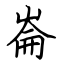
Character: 崙